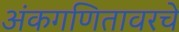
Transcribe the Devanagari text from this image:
अंकगणितावरचे